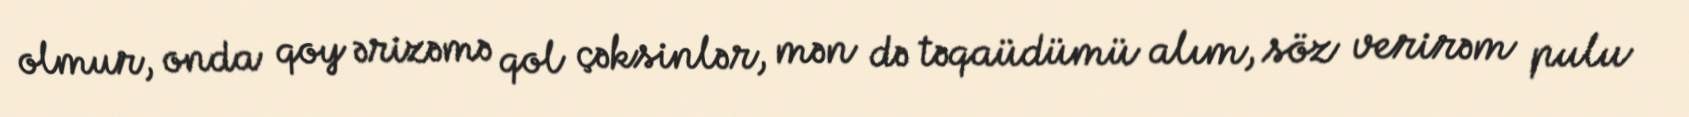
olmur, onda qoy ərizəmə qol çəksinlər, mən də təqaüdümü alım, söz verirəm pulu